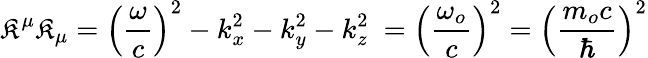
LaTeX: \mathfrak{K}^{\mu}\mathfrak{K}_{\mu}=\left({\frac{{\omega}}{{c}}}\right)^{2}-k_{x}^{2}-k_{y}^{2}-k_{z}^{2}\ =\left({\frac{{\omega_{o}}}{{c}}}\right)^{2}=\left({\frac{{m_{o}c}}{{\hbar}}}\right)^{2}